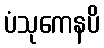
ပံသုကေနပိ